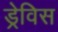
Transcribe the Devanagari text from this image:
ड्रेविस